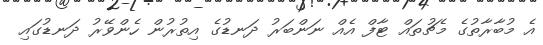
އެ މުބާރާތުގެ މެޗުތައް ޓާފް އެއް ނަންބަރު ދަނޑުގެ އިތުރުން ހެންވޭރު ދަނޑުގައި